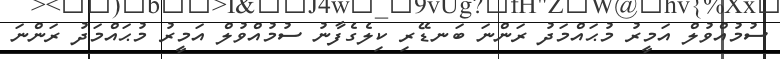
ސުމުއްވުލް އަމީރު މުޙައްމަދު ރަންނަ ބަނޑޭރި ކިލެގެފާނު ސުމުއްވުލް އަމީރު މުޙައްމަދު ރަންނަ